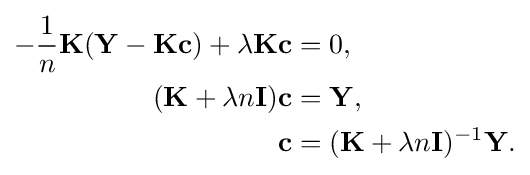
{\begin{aligned}-{\frac {1}{n}}\mathbf {K} (\mathbf {Y} -\mathbf {K} \mathbf {c} )+\lambda \mathbf {K} \mathbf {c} &=0,\\(\mathbf {K} +\lambda n\mathbf {I} )\mathbf {c} &=\mathbf {Y} ,\\\mathbf {c} &=(\mathbf {K} +\lambda n\mathbf {I} )^{-1}\mathbf {Y} .\end{aligned}}